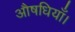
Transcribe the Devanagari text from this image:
औषधियाँ।